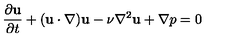
\frac { \partial { \bf u } } { \partial t } + ( { \bf u } \cdot \nabla ) { \bf u } - \nu \nabla ^ { 2 } { \bf u } + \nabla p = 0